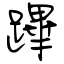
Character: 蹕